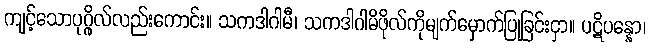
ကျင့်သောပုဂ္ဂိုလ်လည်းကောင်း။ သကဒါဂါမီ၊ သကဒါဂါမိဖိုလ်ကိုမျက်မှောက်ပြုခြင်းငှာ။ ပဋိပန္နော၊